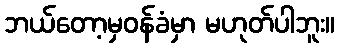
ဘယ်တော့မှဝန်ခံမှာ မဟုတ်ပါဘူး။